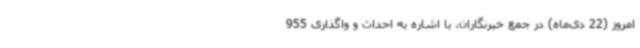
امروز (22 دی‌ماه) در جمع خبرنگاران، با اشاره به احداث و واگذاری 955